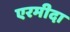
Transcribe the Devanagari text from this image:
एरमीदा